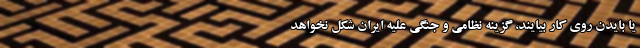
یا بایدن روی کار بیایند، گزینه نظامی و جنگی علیه ایران شکل نخواهد